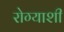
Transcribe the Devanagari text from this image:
रोग्याशी